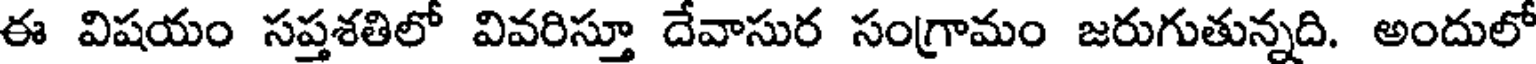
ఈ విషయం సప్తశతిలో వివరిస్తూ దేవాసుర సంగ్రామం జరుగుతున్నది. అందులో